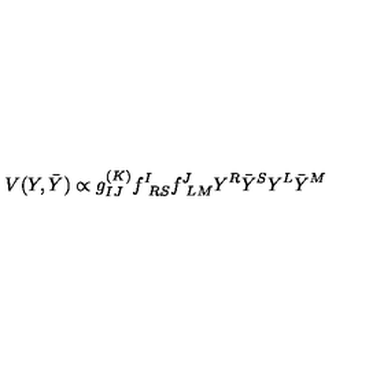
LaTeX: V ( Y , { \bar { Y } } ) \propto g _ { I J } ^ { ( K ) } f _ { \ R S } ^ { I } f _ { \ L M } ^ { J } Y ^ { R } { \bar { Y } } ^ { S } Y ^ { L } { \bar { Y } } ^ { M }